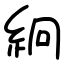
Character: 絅